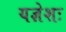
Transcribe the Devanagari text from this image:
यज्ञेशः